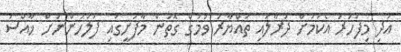
އަދި މިފަހަރު އެކަމަށް ދުރާލައި ތައްޔާރު ވުމުގެ ގޮތުން މާފުށީގައި ފުލުހުންނަށް ޚާއްސަ